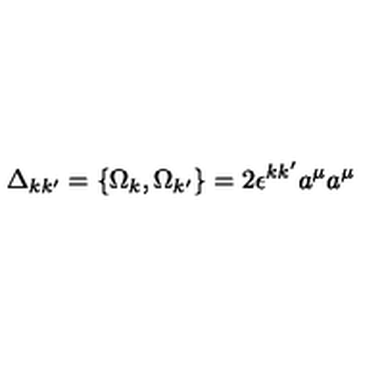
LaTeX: \Delta _ { k k ^ { \prime } } = \{ \Omega _ { k } , \Omega _ { k ^ { \prime } } \} = 2 \epsilon ^ { k k ^ { \prime } } a ^ { \mu } a ^ { \mu }